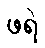
ဖရဲ